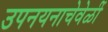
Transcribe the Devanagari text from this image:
उपनयनाचेवेळीं